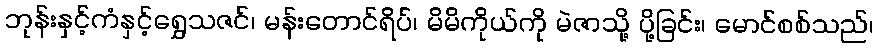
ဘုန်းနှင့်ကံနှင့်ရွှေသဇင်၊ မန်းတောင်ရိပ်၊ မိမိကိုယ်ကို မဲဇာသို့ ပို့ခြင်း၊ မောင်စစ်သည်၊